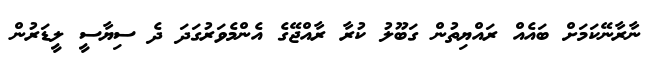
ނާރާނޭކަމަށް ބައެއް ރައްޔިތުން ގަބޫލު ކުރާ ރާއްޖޭގެ އެންމެވަރުގަދަ ދެ ސިޔާސީ ލީޑަރުން